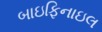
બાઇફિનાઇલ